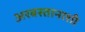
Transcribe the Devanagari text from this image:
अरबस्तानाशी